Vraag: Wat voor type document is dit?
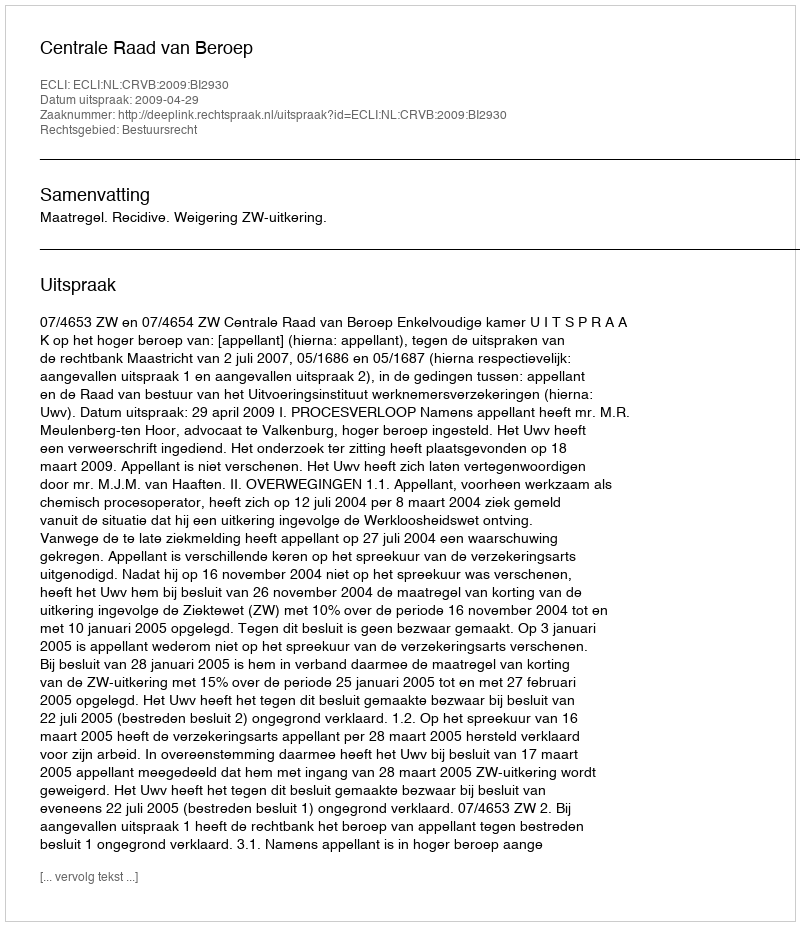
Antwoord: Uitspraak